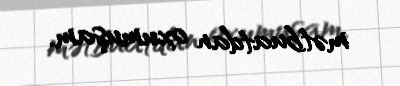
mətbuatdan oxumuşam.